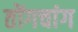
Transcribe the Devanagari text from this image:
तोंगचांग